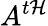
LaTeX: A^{t\mathcal{H}}